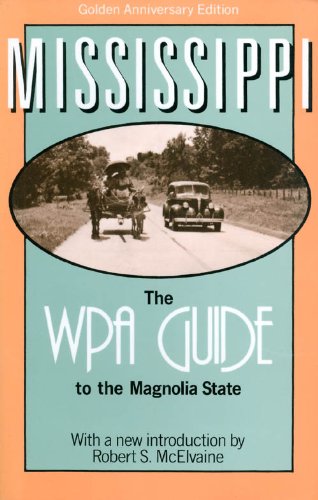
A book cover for Mississippi: The Wpa Guide to the Magnolia State; Price Stern Sloan Publishing; Travel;